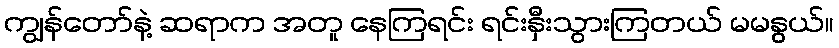
ကျွန်တော်နဲ့ ဆရာက အတူ နေကြရင်း ရင်းနှီးသွားကြတယ် မမနွယ်။